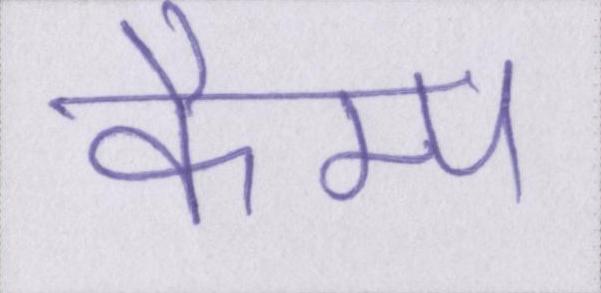
कैम्प